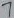
Text: 7